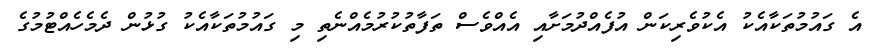
އެ ގައުމުތަކާއެކު އެކުވެރިކަން އުފެއްދުމަށާއި އެއްވެސް ތަފާތުކުރުމެއްނެތި މި ގައުމުތަކާއެކު ގުޅުން ދެމެހެއްޓުމުގެ